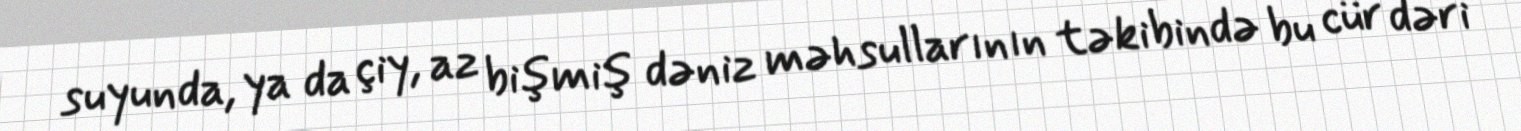
suyunda, ya da çiy, az bişmiş dəniz məhsullarının təkibində bu cür dəri